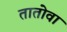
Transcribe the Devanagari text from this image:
तातोवा